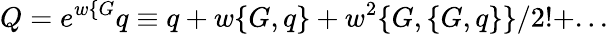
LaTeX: Q=e^{w\{ G}q\equiv q+w\{ G,q\} +w^{2}\{ G,\{ G,q\} \} /2!+...